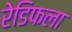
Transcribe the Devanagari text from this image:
रेडिफला